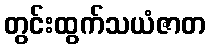
တွင်းထွက်သယံဇာတ